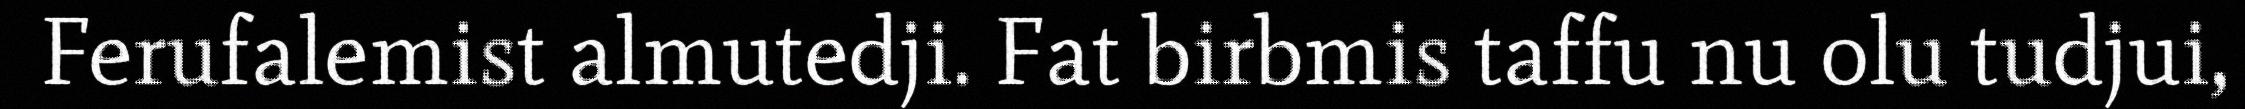
Ferufalemist almutedji. Fat birbmis taffu nu olu tudjui,